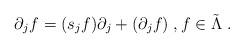
LaTeX: \begin{align*}\partial _{j}f=(s_{j}f)\partial _{j}+(\partial _{j}f)\;,f\in \tilde{\Lambda}\;. \end{align*}